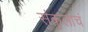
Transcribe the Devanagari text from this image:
संकुलाचं